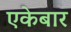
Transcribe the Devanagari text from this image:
एकेबार